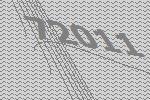
72011